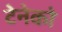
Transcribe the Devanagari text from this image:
टेनेको